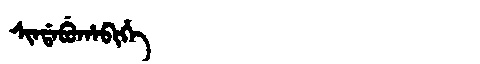
Manchu: ᠰᡳᠨᡩᠠᠪᡠᡥᠠᠪᡳᡥᡝ
Romanization: SINDABUHABIHE